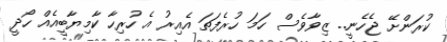
ކުރަންށޭ ޖެހެނީ.. ޒިވާވެސް ހަމަ ހުރެފަތަ އެއިރު އެ ހުރިހާ ކާމިޔާބީއެއް ހޯދީ